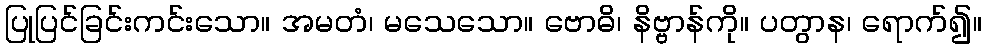
ပြုပြင်ခြင်းကင်းသော။ အမတံ၊ မသေသော။ ဗောဓိ၊ နိဗ္ဗာန်ကို။ ပတွာန၊ ရောက်၍။